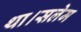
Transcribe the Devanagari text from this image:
था।सलेम